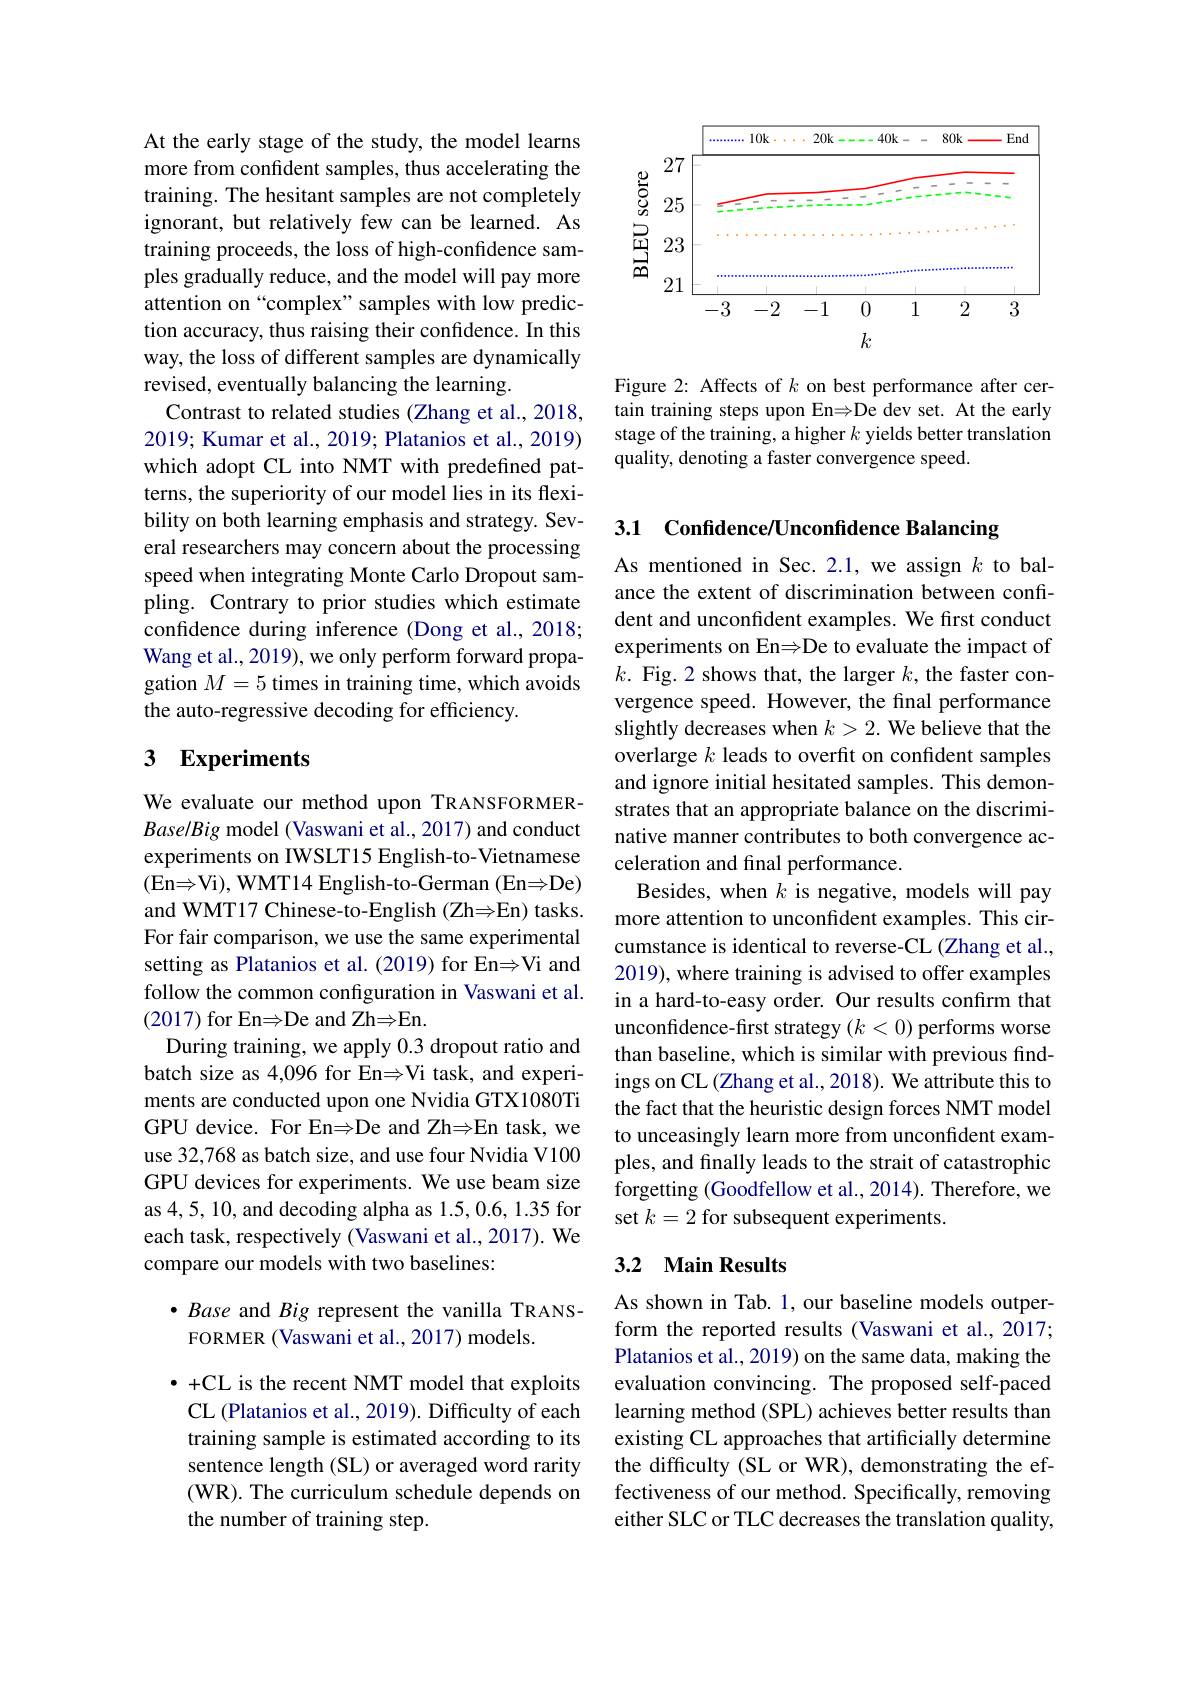
At the early stage of the study, the model learns more from confident samples, thus accelerating the training. The hesitant samples are not completely ignorant, but relatively few can be learned. As training proceeds, the loss of high-confidence samples gradually reduce, and the model will pay more attention on “complex”samples with low prediction accuracy, thus raising their confdence. In this way, the loss of different samples are dynamically revised, eventually balancing the learning.
Contrast to related studies (Zhang et al., 2018, 2019; Kumar et al., 2019; Platanios et al., 2019) which adopt CL into NMT with predefined patterns, the superiority of our model lies in its flexibility on both learning emphasis and strategy. Several researchers may concern about the processing speed when integrating Monte Carlo Dropout sampling. Contrary to prior studies which estimate confidence during inference (Dong et al., 2018; Wang et al., 2019), we only perform forward propagation $M=5$ times in training time, which avoids the auto-regressive decoding for efficiency.

## 3 Experiments

We evaluate our method upon TRANSFORMERBase/Big model (Vaswani et al., 2017) and conduct experiments on IWSLT15 English-to-Vietnamese ( En$\Rightarrow$Vi) , WMT14 English- to- German ( En$\Rightarrow$De) and WMT17 Chinese-to-English (Zh⇒En) tasks. For fair comparison, we use the same experimental setting as Platanios et al. (2019) for EnsVi and follow the common configuration in Vaswani et al. (2017) for En$\Rightarrow$De and Zh$\Rightarrow$En.
During training, we apply 0.3 dropout ratio and batch size as 4,096 for En$\Rightarrow$Vi task, and experiments are conducted upon one Nvidia GTX1080Ti GPU device. For En$\Rightarrow$De and Zh$\Rightarrow$En task, we use 32,768 as batch size, and use four Nvidia V100 GPU devices for experiments. We use beam size as 4, 5, 10, and decoding alpha as 1.5, 0.6, 1.35 for each task, respectively (Vaswani et al., 2017). We compare our models with two baselines:

$\bullet$ Base and Big represent the vanilla TRANS-
FORMER (Vaswani et al., 2017) models.

$\bullet$ +CL is the recent NMT model that exploits CL (Platanios et al., 2019). Difficulty of each training sample is estimated according to its sentence length (SL) or averaged word rarity (WR). The curriculum schedule depends on the number of training step.

<FigureHere>

Figure 2: Affects of $k$ on best performance after certain training steps upon EnsDe dev set. At the early stage of the training, a higher $k$ yields better translation quality, denoting a faster convergence speed.

3.1 Confidence/Unconfidence Balancing

As mentioned in Sec. 2.1, we assign $k$ to balance the extent of discrimination between confident and unconfident examples. We first conduct experiments on EnsDe to evaluate the impact of $k.$ Fig.2 shows that, the larger $k$, the faster convergence speed. However, the final performance slightly decreases when $k>2.$ We believe that the overlarge $k$ leads to overfit on confident samples and ignore initial hesitated samples. This demonstrates that an appropriate balance on the discriminative manner contributes to both convergence acceleration and final performance.
Besides, when $k$ is negative, models will pay more attention to unconfident examples. This circumstance is identical to reverse-CL (Zhang et al., 2019), where training is advised to offer examples in a hard-to-easy order. Our results confirm that unconfdence-first strategy $(k<0)$ performs worse than baseline, which is similar with previous findings on CL (Zhang et al., 2018). We attribute this to the fact that the heuristic design forces NMT model to unceasingly learn more from unconfident examples, and finally leads to the strait of catastrophic forgetting (Goodfellow et al., 2014). Therefore, we set $k=2$ for subsequent experiments.

## 3.2 Main Results

As shown in Tab. 1, our baseline models outperform the reported results (Vaswani et al.,2017; Platanios et al., 2019) on the same data, making the evaluation convincing. The proposed self-paced learning method (SPL) achieves better results than existing CL approaches that artificially determine the difficulty (SL or WR), demonstrating the effectiveness of our method. Specifically, removing either SLC or TLC decreases the translation quality,